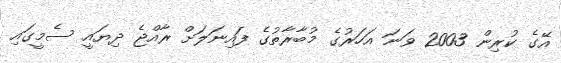
އޭގެ ކުރިން 2003 ވަނަ އަހަރުގެ މުބާރާތުގެ ފައިނަލަށް ރާއްޖެ ދިޔައީ ސެމީގައި